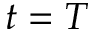
t = T